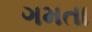
ગમતા